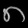
Digit: ၈